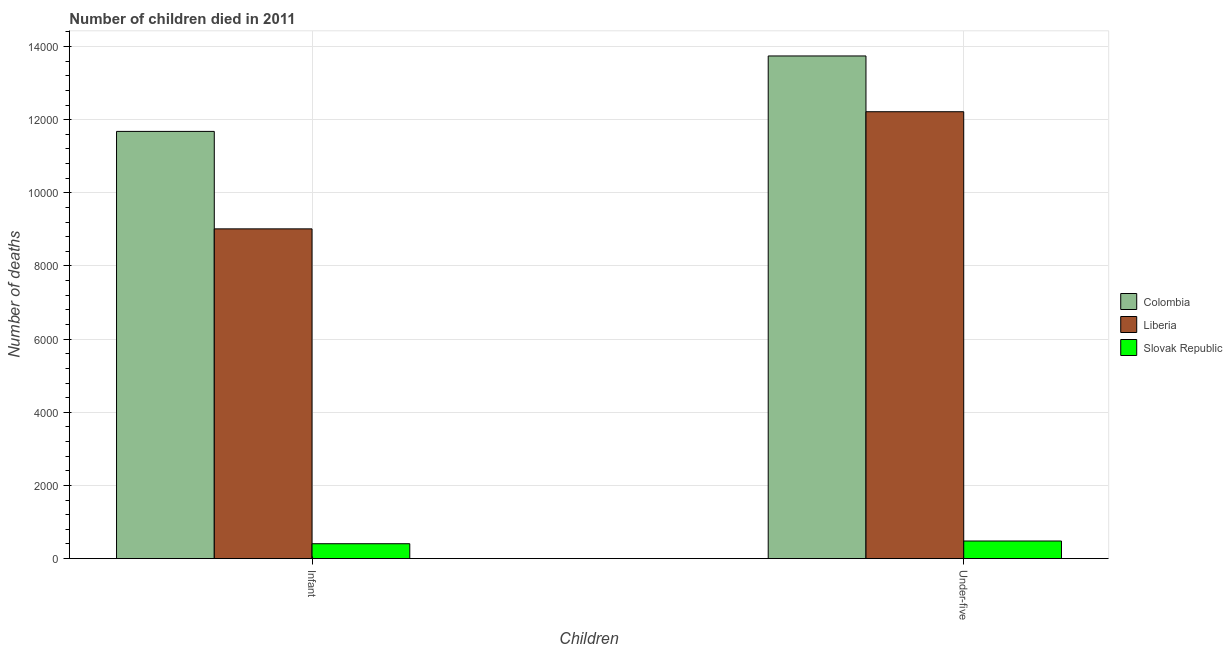
| Children | Colombia | Liberia | Slovak Republic |
 | --- | --- | --- | --- |
 | Infant | 1.17e+04 | 9.02e+03 | 406 |
 | Under-five | 1.37e+04 | 1.22e+04 | 480 |